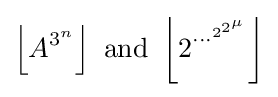
\left\lfloor A^{3^{n}}\right\rfloor {\text{ and }}\left\lfloor 2^{\cdots ^{2^{2^{\mu }}}}\right\rfloor